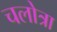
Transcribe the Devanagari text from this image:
चलोत्रा